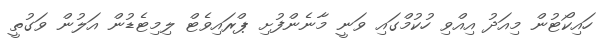
ހައިކޯޓުން މިއަދު އިއްވި ހުކުމްގައި ވަނީ މާނެންފުށި ޕްރައިވެޓް ލިމިޓެޑުން އަލުން ވަގުތީ